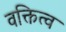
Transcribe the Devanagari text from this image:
वक्तित्व